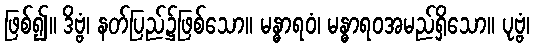
ဖြစ်၍။ ဒိဗ္ဗံ၊ နတ်ပြည်၌ဖြစ်သော။ မန္ဓာရဝံ၊ မန္ဓာရဝအမည်ရှိသော။ ပုဗ္ဗံ၊